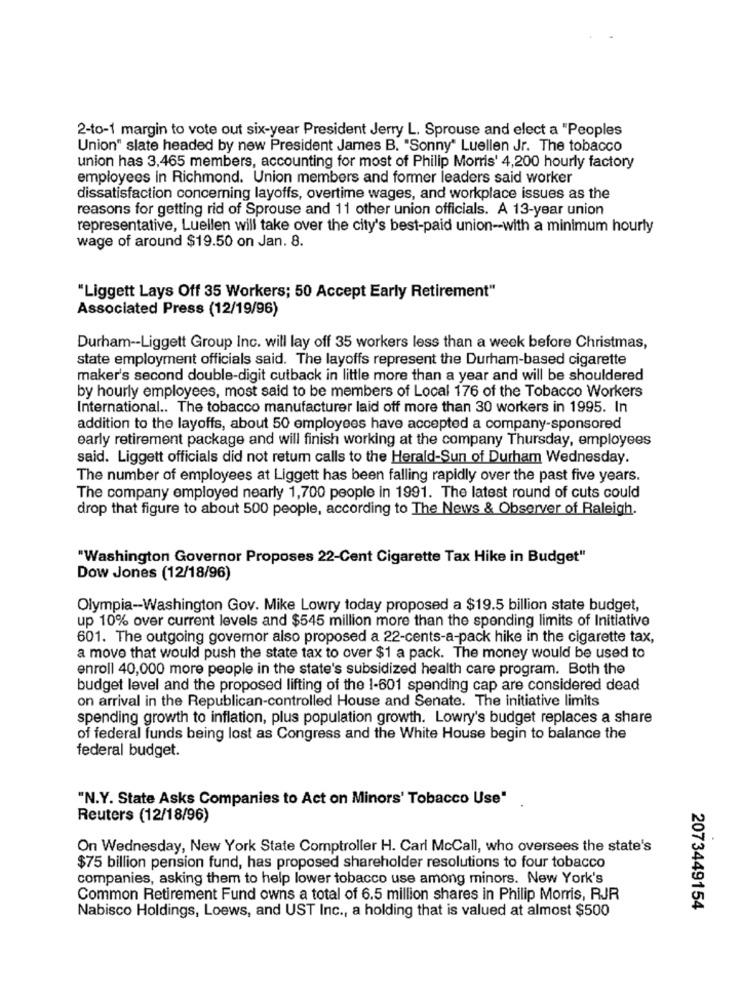
2-to-1 margin to vote out six-year President Jerry L. Sprouse and elect a "Peoples
Union" slate headed by new President James B. "Sonny" Luellen Jr. The tobacco
union has 3,465 members, accounting for most of Philip Morris' 4,200 hourly factory
employees in Richmond. Union members and former leaders said worker
dissatisfaction concerning layoffs, overtime wages, and workplace issues as the
reasons for getting rid of Sprouse and 11 other union officials. A 13-year union
representative, Luellen will take over the city's best-paid union -- with a minimum hourly
wage of around $19.50 on Jan. 8.
"Liggett Lays Off 35 Workers; 50 Accept Early Retirement"
Associated Press (12/19/96)
Durham -- Liggett Group Inc. will lay off 35 workers less than a week before Christmas,
state employment officials said. The layoffs represent the Durham-based cigarette
maker's second double-digit cutback in little more than a year and will be shouldered
by hourly employees, most said to be members of Local 176 of the Tobacco Workers
International .. The tobacco manufacturer laid off more than 30 workers in 1995. In
addition to the layoffs, about 50 employees have accepted a company-sponsored
early retirement package and will finish working at the company Thursday, employees
said. Liggett officials did not retum calls to the Herald-Sun of Durham Wednesday.
The number of employees at Liggett has been falling rapidly over the past five years.
The company employed nearly 1,700 people in 1991. The latest round of cuts could
drop that figure to about 500 people, according to The News & Observer of Raleigh.
"Washington Governor Proposes 22-Cent Cigarette Tax Hike in Budget"
Dow Jones (12/18/96)
Olympia-Washington Gov. Mike Lowry today proposed a $19.5 billion state budget,
up 10% over current levels and $545 million more than the spending limits of Initiative
601. The outgoing governor also proposed a 22-cents-a-pack hike in the cigarette tax,
a move that would push the state tax to over $1 a pack. The money would be used to
enroll 40,000 more people in the state's subsidized health care program. Both the
budget level and the proposed lifting of the 1-601 spending cap are considered dead
on arrival in the Republican-controlled House and Senate. The initiative limits
spending growth to inflation, plus population growth. Lowry's budget replaces a share
of federal funds being lost as Congress and the White House begin to balance the
federal budget.
"N.Y. State Asks Companies to Act on Minors' Tobacco Use"
Reuters (12/18/96)
On Wednesday, New York State Comptroller H. Carl McCall, who oversees the state's
$75 billion pension fund, has proposed shareholder resolutions to four tobacco
companies, asking them to help lower tobacco use among minors. New York's
Common Retirement Fund owns a total of 6.5 million shares in Philip Morris, RJR
Nabisco Holdings, Loews, and UST Inc ., a holding that is valued at almost $500
2073449154